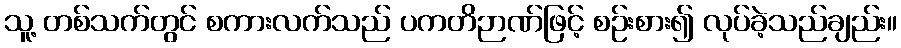
သူ့ တစ်သက်တွင် စကားလက်သည် ပကတိဉာဏ်ဖြင့် စဉ်းစား၍ လုပ်ခဲ့သည်ချည်း။